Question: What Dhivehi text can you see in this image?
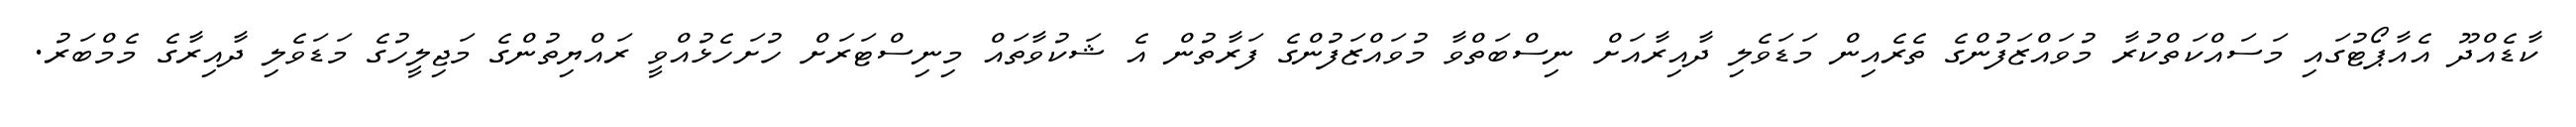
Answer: ކާޑެއްދޫ އެއާޕޯޓުގައި މަސައްކަތްކުރާ މުވައްޒަފުންގެ ތެރެއިން މަޑަވެލި ދާއިރާއަށް ނިސްބަތްވާ މުވައްޒަފުންގެ ފަރާތުން އެ ޝަކުވާތައް މިނިސްޓަރަށް ހުށަހެޅުއްވީ ރައްޔިތުންގެ މަޖިލީހުގެ މަޑަވެލި ދާއިރާގެ މެމްބަރު.